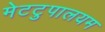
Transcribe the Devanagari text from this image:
मेटटुपालयम